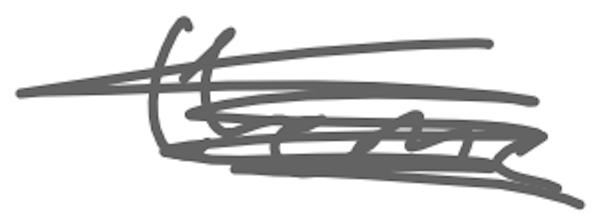
Text: theme
Cross-out: scratch
Writing tool: digital_gray